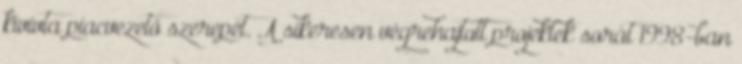
kivívta piacvezető szerepét. A sikeresen végrehajtott projektek sorát 1998-ban